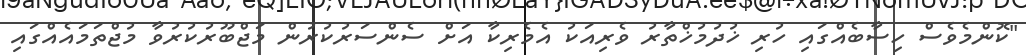
"ކޮންމެވެސް ހިސާބެއްގައި ހުރި ޚުދުމުޚްތާރު ވެރިއަކު އެމެރިކާ އަށް ސެންސަރުކުރުން މަޖްބޫރުކުރުވާ މުޖްތަމައެއްގައި